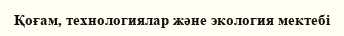
Қоғам, технологиялар және экология мектебі